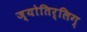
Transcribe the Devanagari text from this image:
ज्योतिर्लिग्